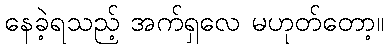
နေခဲ့ရသည့် အက်ရှလေ မဟုတ်တော့။